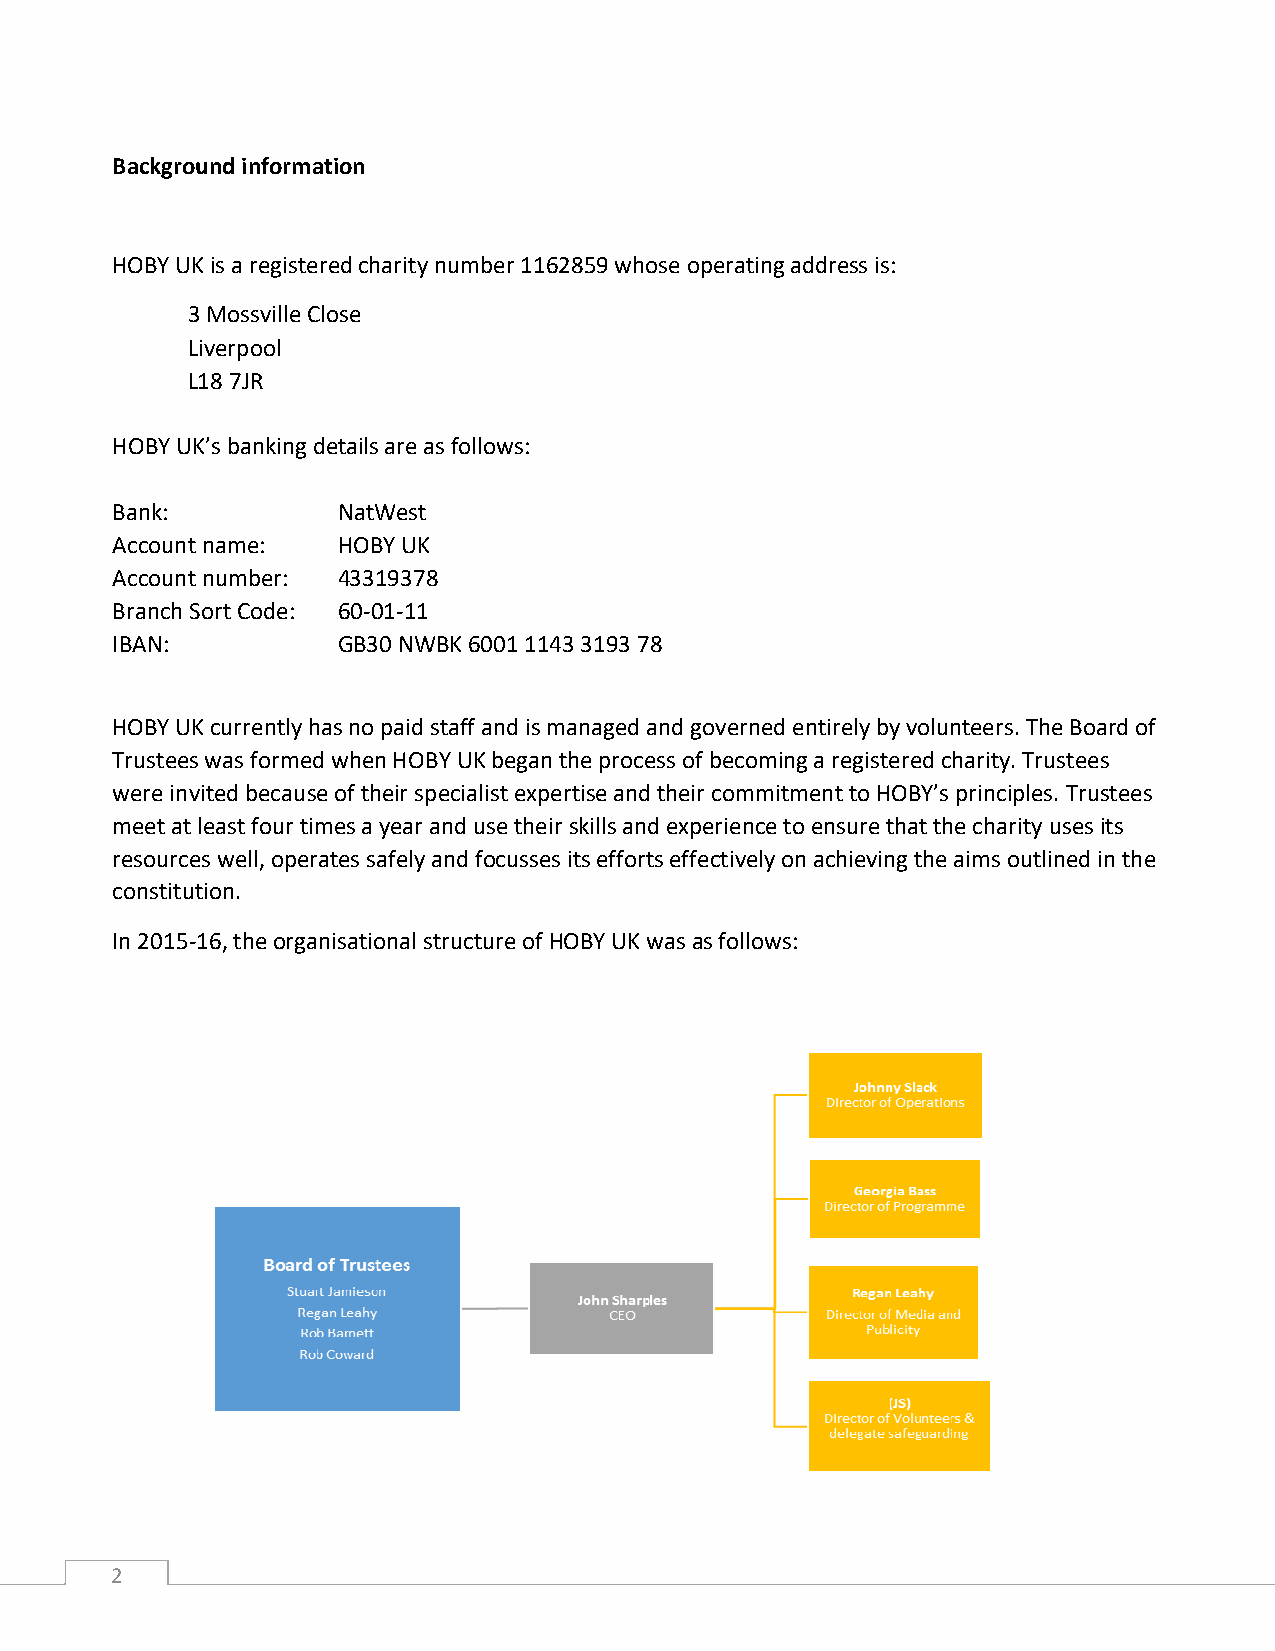
Background information
 HOBY UK is a registered charity number 1162859 whose operating address is:
 3 Mossville Close
 Liverpool
 L18 7JR
 HOBY UK’s banking details are as follows:
 Bank:          NatWest
 Account name:  HOBY UK
 Account number: 43319378
 Branch Sort Code: 60-01-11
 IBAN:          GB30 NWBK 6001 1143 3193 78
 HOBY UK currently has no paid staff and is managed and governed entirely by volunteers. The Board of
 Trustees was formed when HOBY UK began the process of becoming a registered charity. Trustees
 were invited because of their specialist expertise and their commitment to HOBY’s principles. Trustees
 meet at least four times a year and use their skills and experience to ensure that the charity uses its
 resources well, operates safely and focusses its efforts effectively on achieving the aims outlined in the
 constitution.
 In 2015-16, the organisational structure of HOBY UK was as follows:
 2